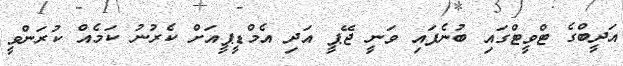
އަދީބްގެ ޓްވީޓްގައި ބުނެފައި ވަނީ ޖޭޕީ އަދި އެމްޑީޕީއަށް ކެރުނު ކަމެއް ކުރަންވީ